Civil Veterinary Department Bengal reports 1933-51 - 1933-1951
Year: 1933
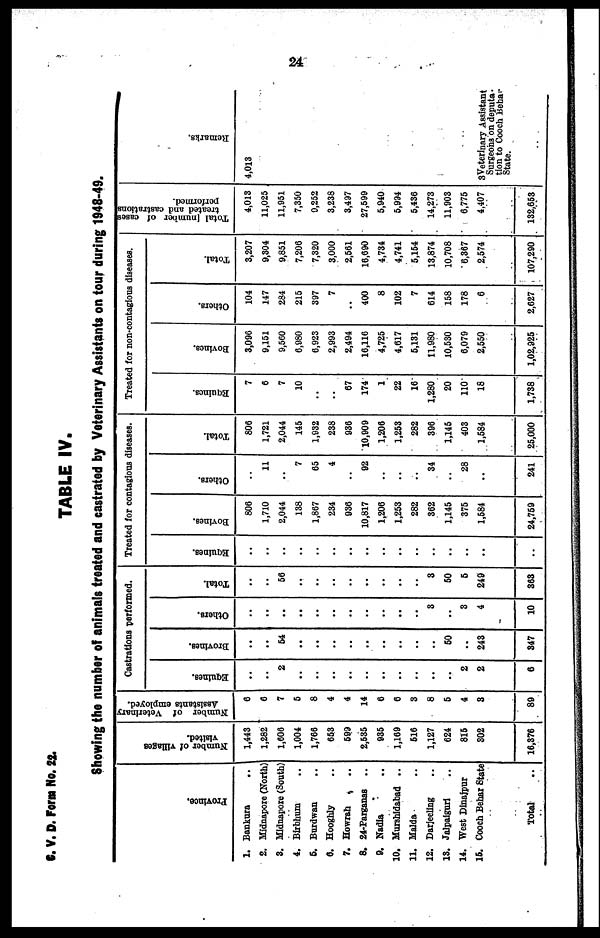
24
C. V. D. Form No. 22.
TABLE IV.
Showing the number of animals treated and castrated by Veterinary Assistants on tour during 1948-49.
Province.
1. Bankura ..
2. Midnapore (North)
3. Midnapore (South)
4. Birbhum ..
5. Burdwan ..
6. Hooghly ..
7. Howrah ..
8. 24-Parganas ..
9. Nadia ..
10. Murshidabad ..
11. Malda ..
12. Darjeeling ..
13. Jalpaiguri ..
14. West Dinajpur
15. Cooch Behar State
Total ..
Number of villages
visited.
1,443
1,282
1,606
1,004
1,766
653
599
2,535
935
1,169
616
1,127
624
815
302
16,376
Number
of Veterinary
Assistants employed.
6
6
7
5
8
4
4
14
6
6
3
8
5
4
8
89
Castrations performed.
Equines.
..
..
2
..
..
..
..
..
..
..
..
..
..
2
2
6
Brovines.
..
..
54
..
..
..
..
..
..
..
..
..
50
..
243
847
Others.
..
..
..
..
..
..
..
..
..
..
..
3
..
3
4
10
Total.
..
..
56
..
..
..
..
..
..
..
..
3
60
6
249
868
Treated for contagious diseases.
Equines.
..
..
..
..
..
..
..
..
..
..
..
..
..
..
..
Bovines.
806
1,710
2,044
138
1,867
234
936
10,817
1,206
1,253
282
362
1,145
375
1,584
24,759
Others.
..
11
..
7
65
4
..
92
..
..
..
34
..
28
..
241
Total.
806
1,721
2,044
145
1,032
238
936
10,909
1,206
1,253
282
396
1,146
403
1,684
26,000
Treated for noncontagious diseases.
Equines.
7
6
7
10
..
..
67
174
1
22
16
1,280
20
110
18
1,738
Bovines.
3,096
9,151
9,560
6,080
6,923
2,993
2,494
16,116
4,725
4,617
5,131
11,980
10,530
6,079
2,550
1,02,925
Others.
104
147
284
215
397
7
..
400
8
102
7
614
158
178
6
2,627
Total.
3,207
9,304
9,851
7,206
7,320
3,000
2,561
16,690
4,734
4,741
5,154
13,874
10,708
6,367
2,574
107,290
Total (number of cases
treated and castrations
performed.
4,013
11,025
11,951
7,350
9,252
3,238
3,497
27,599
5,940
5,994
5,436
14,273
11,903
6,775
4,407
132,653
Remarks.
4,013
3Veterinary Assistant
Surgeons on deputa-
tion to Cooch Behar
State.